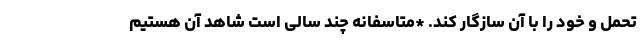
تحمل و خود را با آن سازگار کند. *متاسفانه چند سالی است شاهد آن هستیم